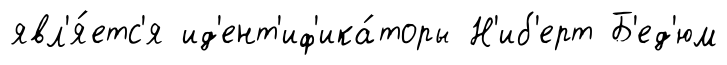
явл'я́етс'я ид'ент'иф'ика́торы Н'иб'ерт Б'ед'юм